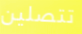
تتصلين